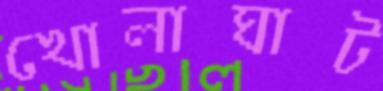
খোলাঘাট